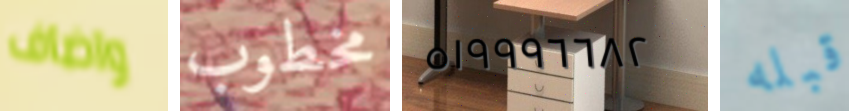
واضاف مخطوب ٥١٩٩٩٦٦٨٢ قبله